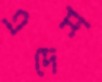
এদেশ